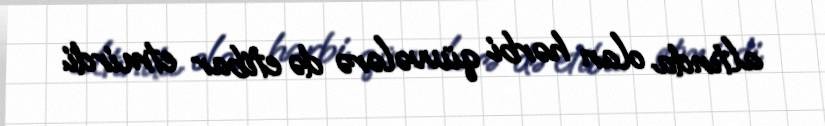
altında olan hərbi qüvvələrə də etibar etmirdi.